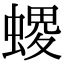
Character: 𧏧